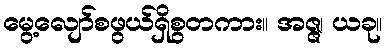
မွေ့လျော်စဖွယ်ရှိစွတကား။ အဇ္ဇ၊ ယခု။